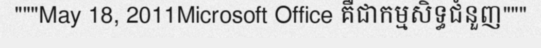
"""May 18, 2011Microsoft Office គឺជាកម្មសិទ្ធជំនួញ"""